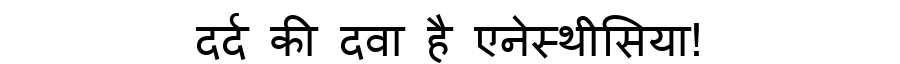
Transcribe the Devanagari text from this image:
दर्द की दवा है एनेस्थीसिया!